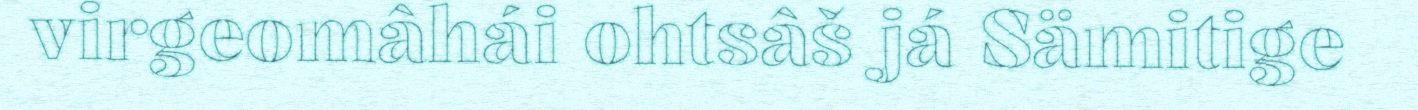
virgeomâhái ohtsâš já Sämitige